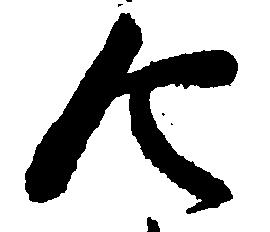
令